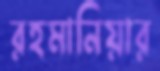
রহমানিয়ার